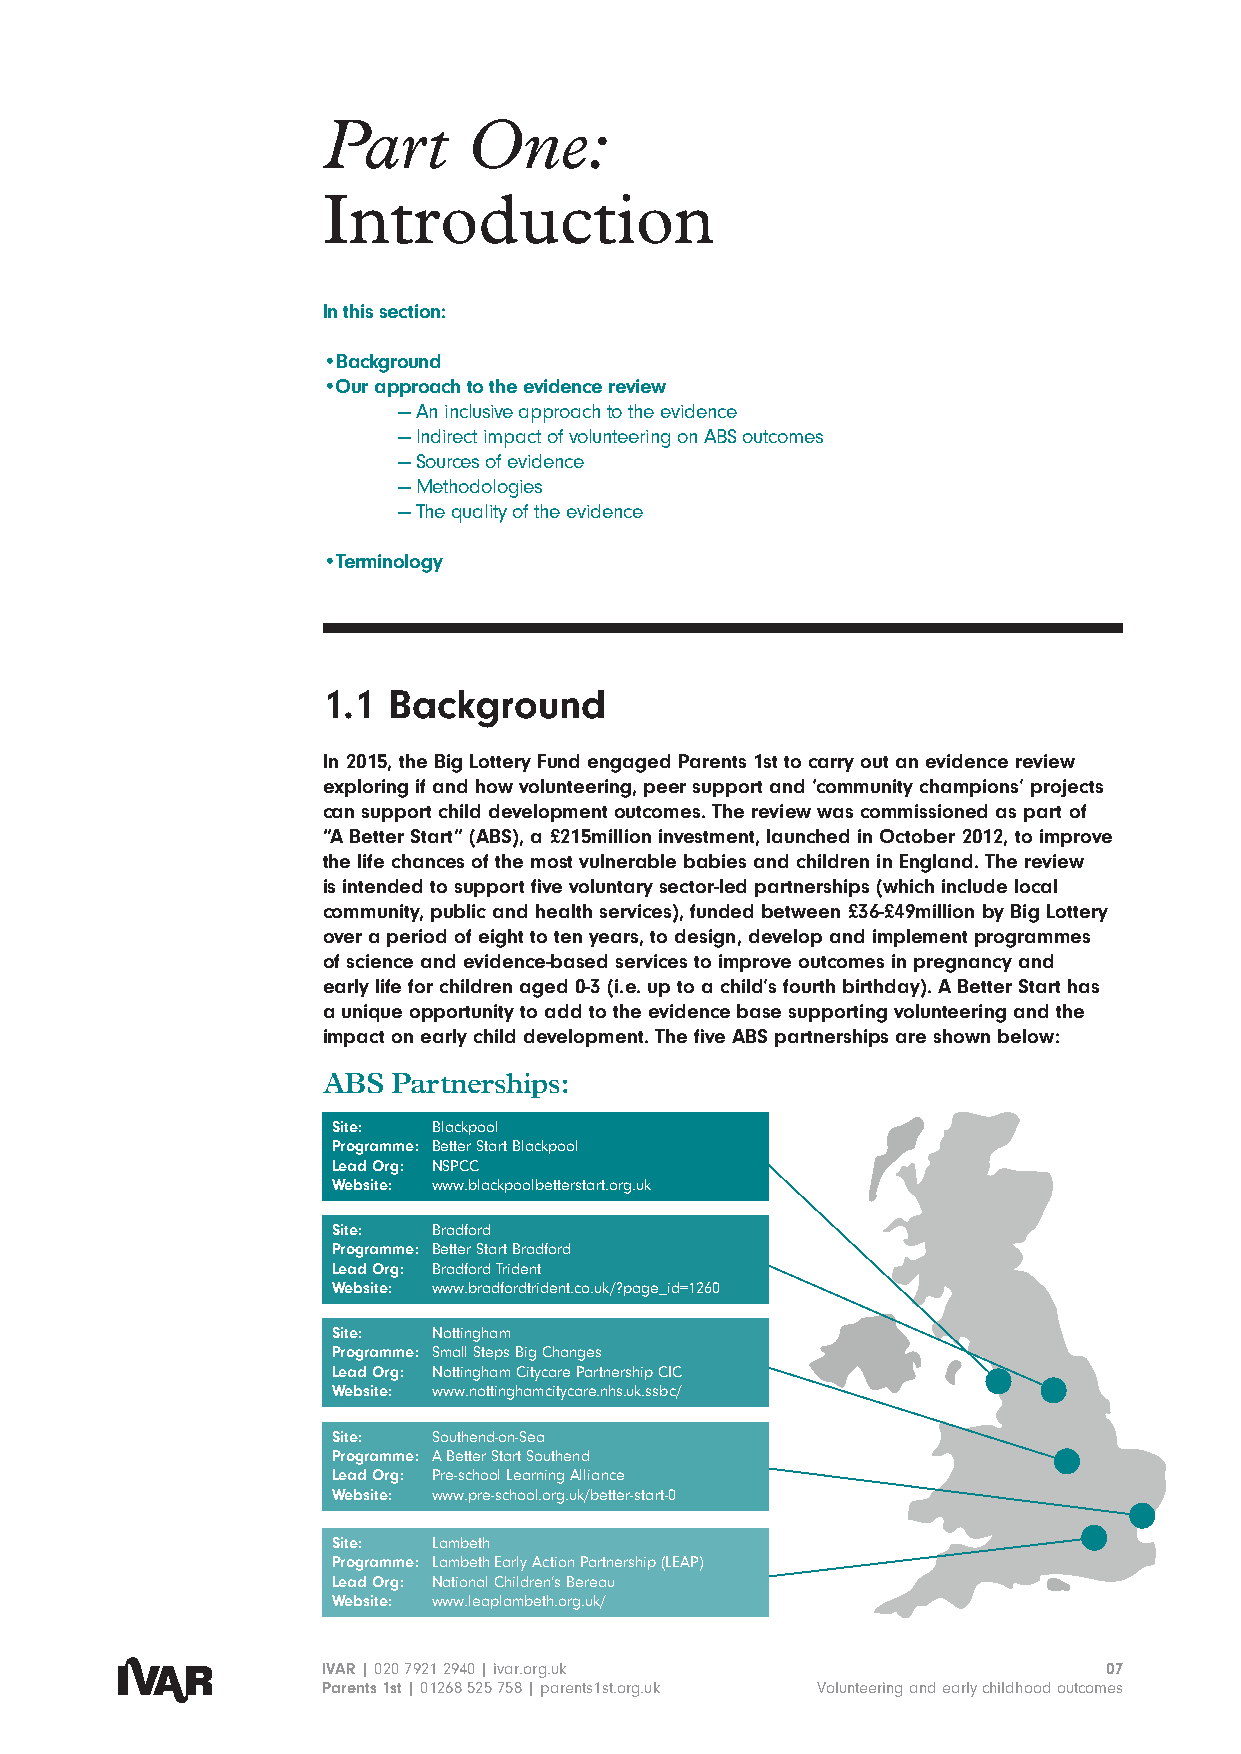
Part      One:
 Introduction
 In this section:
 •Background
 •Our approach to the evidence review
 — A n inclusive approach to the evidence
 — I ndirect impact of volunteering on ABS outcomes
 — S ources of evidence
 — Methodologies
 — T he quality of the evidence
 •Terminology
 1.1  Background
 In 2015, the Big Lottery Fund engaged Parents 1st to carry out an evidence review
 exploring if and how volunteering, peer support and ‘community champions’ projects
 can support child development outcomes. The review was commissioned as part of
 “A Better Start” (ABS), a £215million investment, launched in October 2012, to improve
 the life chances of the most vulnerable babies and children in England. The review
 is intended to support five voluntary sector-led partnerships (which include local
 community, public and health services), funded between £36-£49million by Big Lottery
 over a period of eight to ten years, to design, develop and implement programmes
 of science and evidence-based services to improve outcomes in pregnancy and
 early life for children aged 0-3 (i.e. up to a child’s fourth birthday). A Better Start has
 a unique opportunity to add to the evidence base supporting volunteering and the
 impact on early child development. The five ABS partnerships are shown below:
 ABS  Partnerships:
 Site:  Blackpool
 Programme: Better Start Blackpool
 Lead Org: NSPCC
 Website: www.blackpoolbetterstart.org.uk
 Site:  Bradford
 Programme: Better Start Bradford
 Lead Org: Bradford Trident
 Website: www.bradfordtrident.co.uk/?page_id=1260
 Site:  Nottingham
 Programme: Small Steps Big Changes
 Lead Org: Nottingham Citycare Partnership CIC
 Website: www.nottinghamcitycare.nhs.uk.ssbc/
 Site:  Southend-on-Sea
 Programme: A Better Start Southend
 Lead Org: Pre-school Learning Alliance
 Website: www.pre-school.org.uk/better-start-0
 Site:  Lambeth
 Programme: Lambeth Early Action Partnership (LEAP)
 Lead Org: National Children’s Bereau
 Website: www.leaplambeth.org.uk/
 IVAR | 020 7921 2940 | ivar.org.uk                  07
 Parents 1st | 01268 525 758 | parents1st.org.uk Volunteering and early childhood outcomes